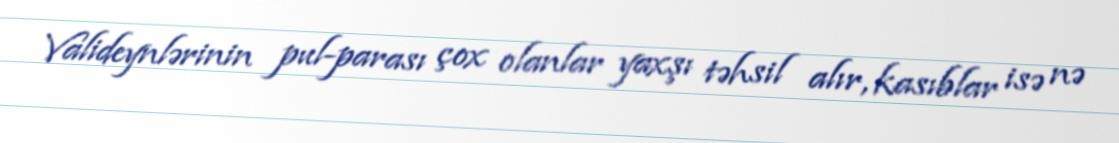
Valideynlərinin pul-parası çox olanlar yaxşı təhsil alır, kasıblar isə nə